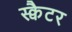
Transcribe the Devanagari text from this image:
स्क्वैटर